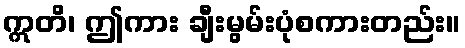
ဣတိ၊ ဤကား ချီးမွမ်းပုံစကားတည်း။